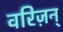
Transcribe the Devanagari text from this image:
वरिज़न्